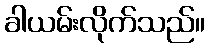
ခါယမ်းလိုက်သည်။